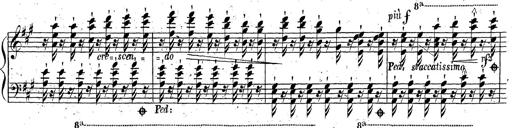
Title: Grande fantaisie sur la tyrolienne de l'opÃ©ra
Composer: Franz Liszt
Key: A major